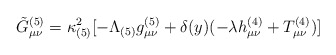
\begin{align*}\tilde{G}_{\mu \nu}^{(5)} = \kappa_{(5)}^{2}[-\Lambda_{(5)} g_{\mu \nu}^{(5)} + \delta(y)(-\lambda h_{\mu \nu}^{(4)}+ T_{\mu \nu}^{(4)})]\end{align*}